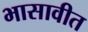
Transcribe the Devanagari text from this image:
भासावीत